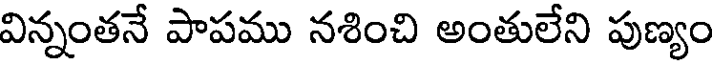
విన్నంతనే పాపము నశించి అంతులేని పుణ్యం